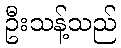
ဦးသန့်သည်